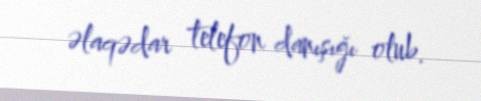
əlaqədar telefon danışığı olub.